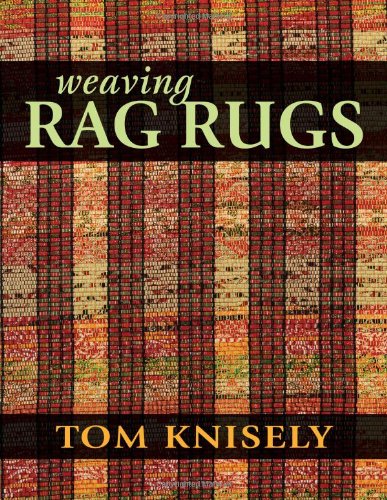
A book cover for Weaving Rag Rugs; Tom Knisely; Crafts, Hobbies & Home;